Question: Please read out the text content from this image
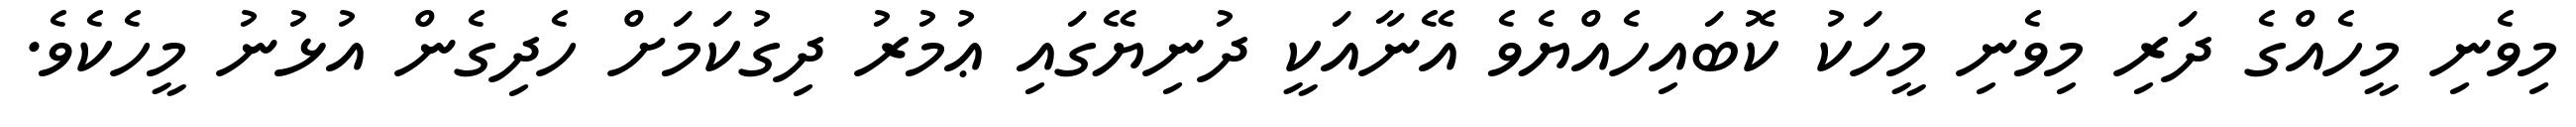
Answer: މިވެނި މީހެއްގެ ދަރި މިވެނި މީހަކު ކޮބައިހެއްޔެވެ އޭނާއަކީ ދުނިޔޭގައި ޢުމުރު ދިގުކަމަށް ހެދިގެން އުޅުނު މީހެކެވެ.